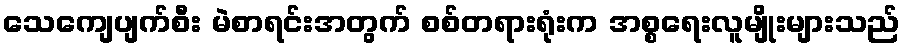
သေကျေပျက်စီး မဲစာရင်းအတွက် စစ်တရားရုံးက အစ္စရေးလူမျိုးများသည်